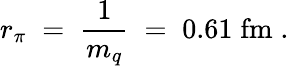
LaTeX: r_{\pi}\; =\; \frac{1}{m_{q}}\; =\; 0.61\; \mathrm{fm}\; .